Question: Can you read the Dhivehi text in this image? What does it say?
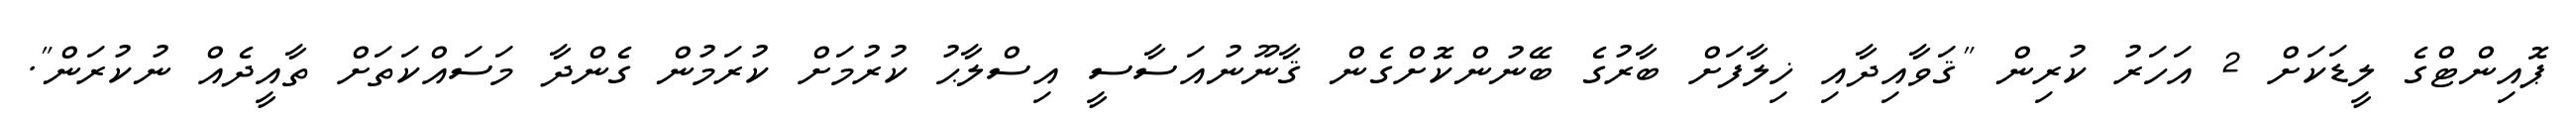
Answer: ޕޮއިންޓްގެ ލީޑަކަށް 2 އަހަރު ކުރިން "ޤަވާއިދާއި ޚިލާފަށް ބާރުގެ ބޭނުންކޮށްގެން ޤާނޫނުއަސާސީ އިސްލާޙު ކުރުމަށް ކުރަމުން ގެންދާ މަސައްކަތަށް ތާއީދެއް ނުކުރަން".